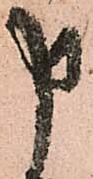
申